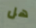
هل